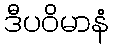
ဒီပဝိမာနံ